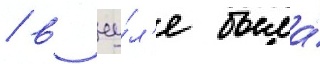
/ в иу́л'е была́